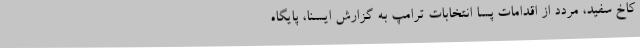
کاخ سفید، مردد از اقدامات پسا انتخابات ترامپ به گزارش ایسنا، پایگاه